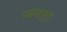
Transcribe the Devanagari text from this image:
जयहा